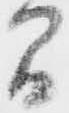
間